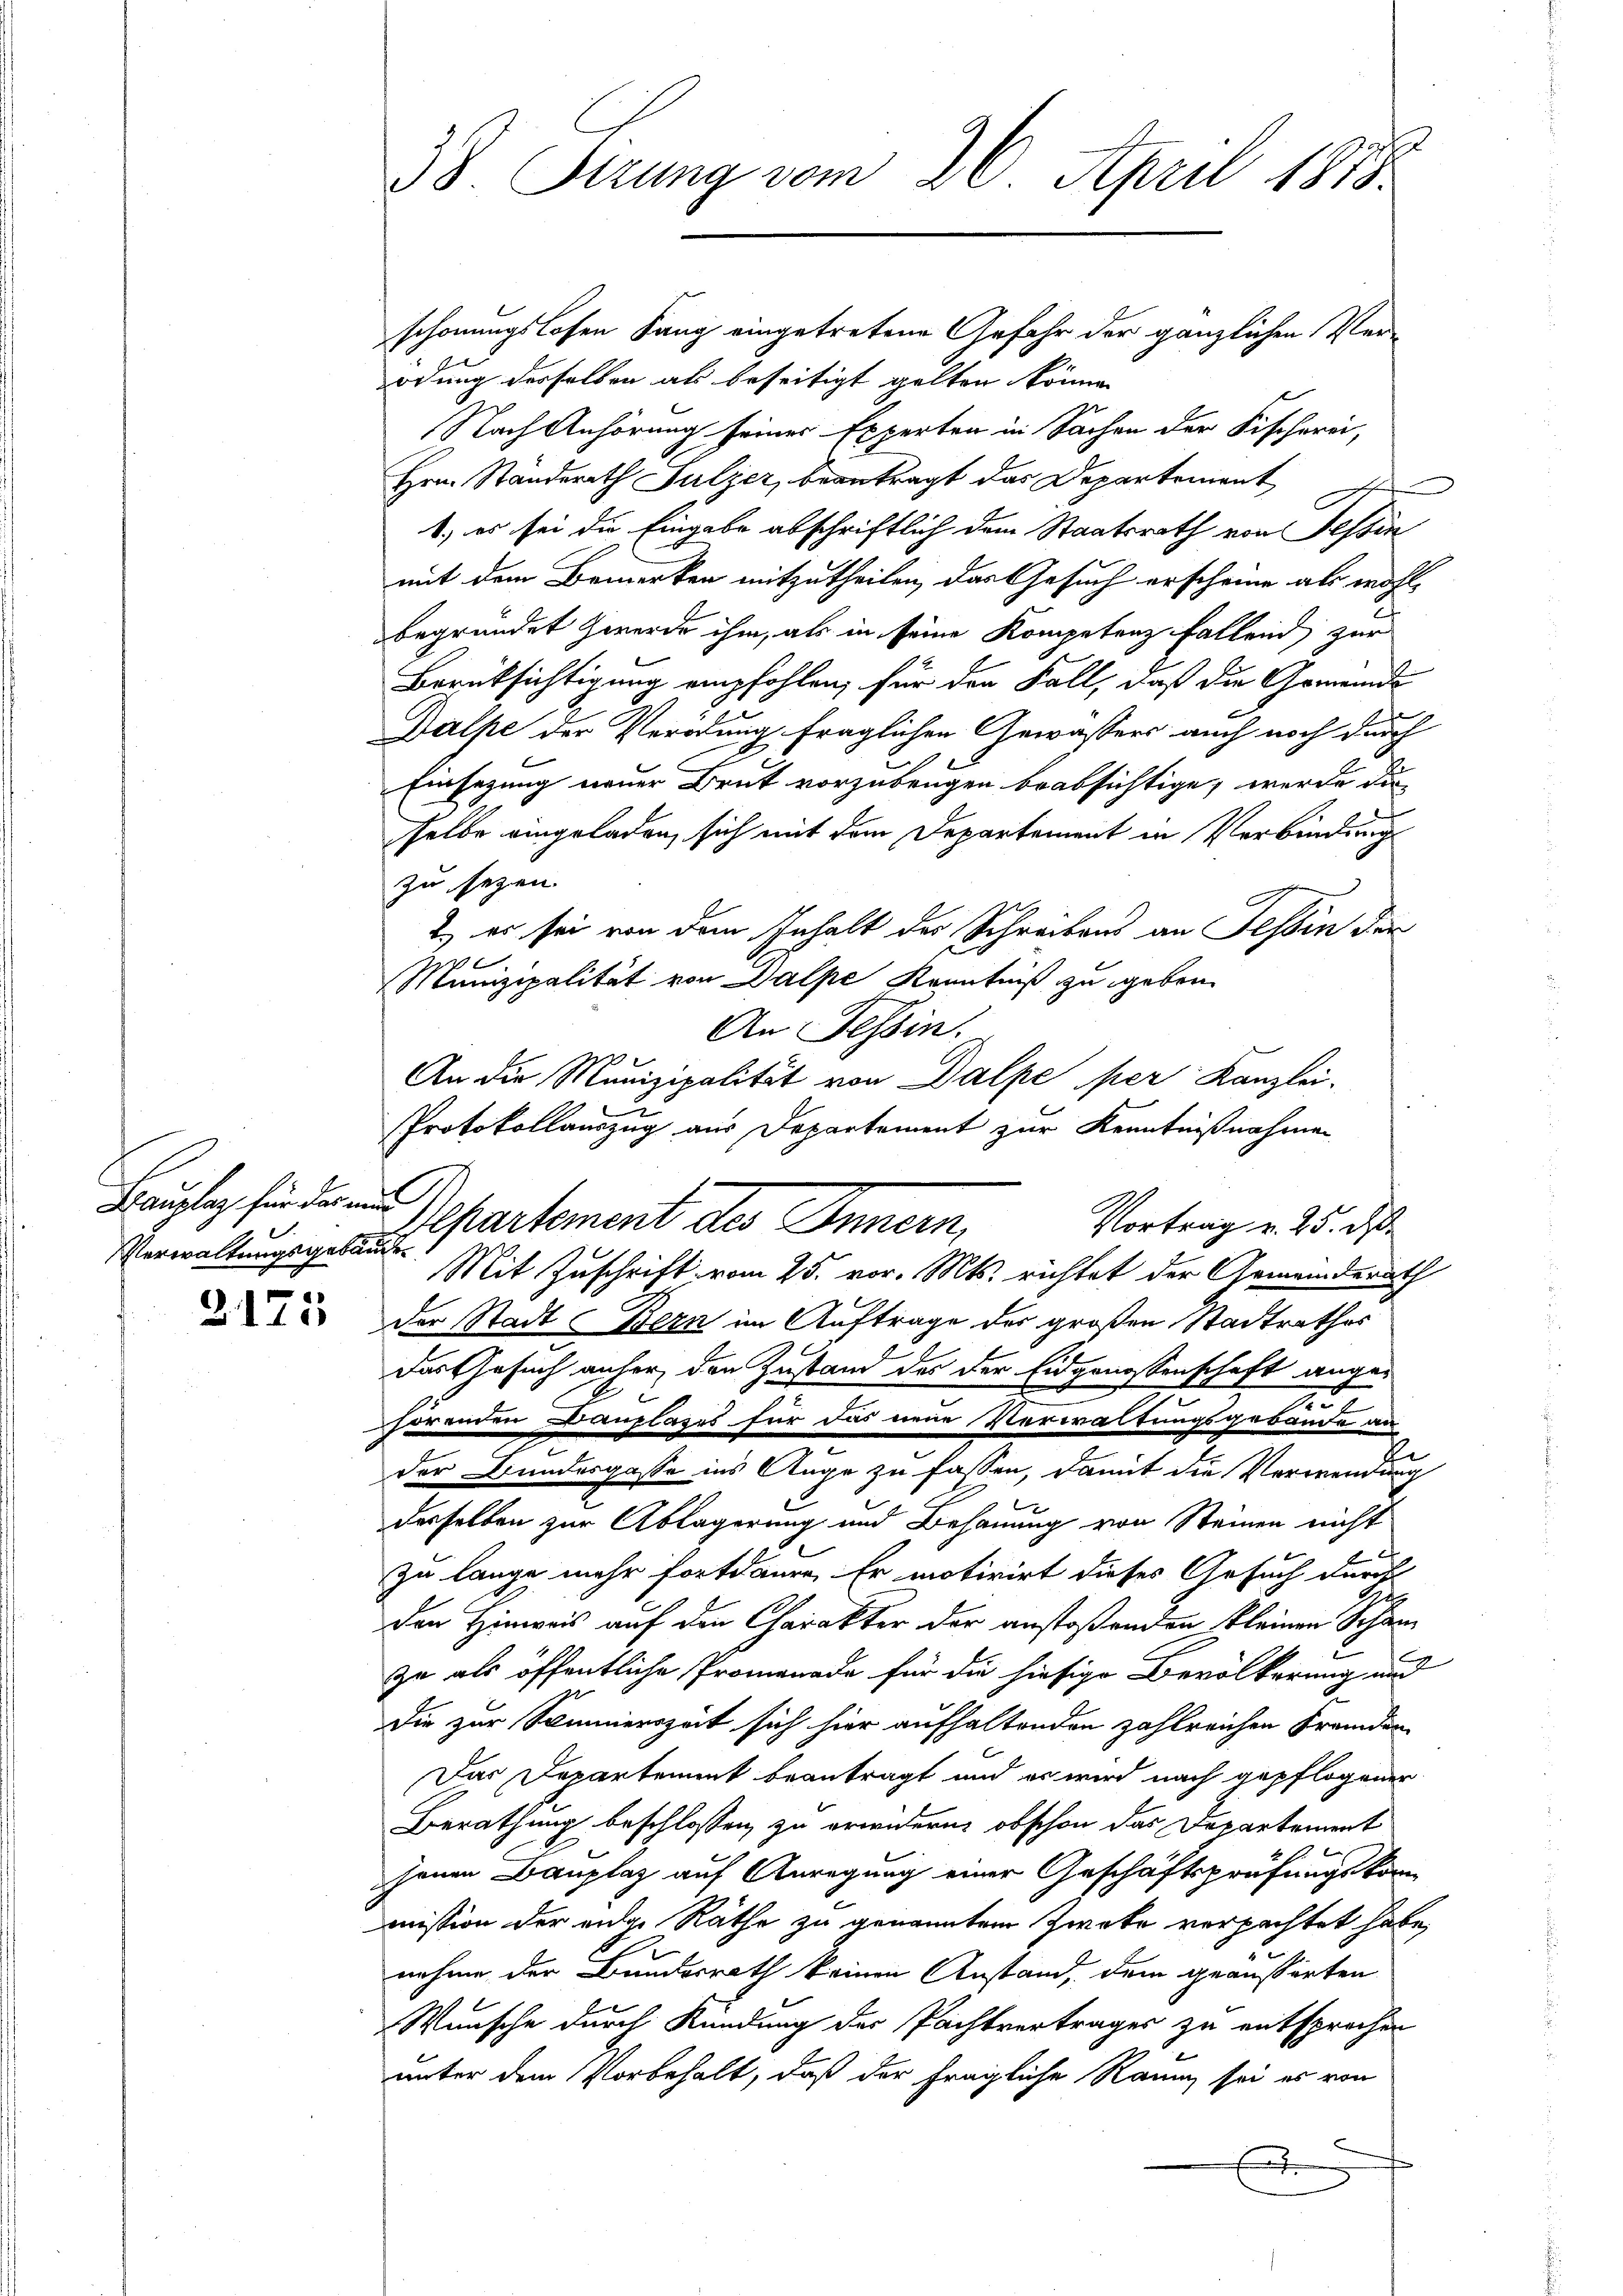
Bauplaz für das nur
Verwaltungsgebäude

2175

38. Stzung vom 26. April 1858

s

schonungslosen Sang eingetretene Gefahr der gänzlichen Verodung derselben als beseitigt gelten können
Nach Anhörung seines Experten in Sachen der Fischerei,
Hrn. Standerath Sulzer, beantragt das Departement
1.) es sei die Eingabe abschriftlich dem Staatsrath von Tessin
mit dem Bemerken mitzutheilen, das Gesuch erscheine als wohl-
begründet werde ihm, als in seine Kompetenz fallend zur
Berüksichtigung empfohlen, für den Fall, daß die Gemeinde
Dalpe der Verödung fraglichen Gewässers auch noch durch
Einsezung neuer Brut vorzubeugen beabsichtige, werde die
selbe eingeladen, sich mit dem Departement in Verbindung
zu seyen.
2) es sei von dem Inhalt des Schreibens an Tessin der
Munizipalität von Dalpe Kenntniß zu geben.
An Tessin.
An die Munizipalität von Dalpe per Kanzlei-
Protokollauszug aus Departement zur Kenntnißnahmen
Mit Zuschrift vom 25. vor. Mts. richtet der Gemeinderath
der Stadt Bern im Auftrage der großen Stadtrathes
das Gesuch anher den Zustand des der Eidgenossenschaft angen
hörenden Bauplases für das neue Verwaltungsgebäude an
der Bundesgasse ins Auge zu fassen, damit die Verwendung
derselben zur Ablagerung und Behauung von Steinen nicht
zu lange mehr fortdaure. Er motivirt dieses Gesuch durch
Den Hinweis auf den Charakter der anstoßenden kleinen Schanzu als öffentliche Promenade für die hiesige Bevölkerung und
Die zur Sommerszeit sich hier aufhaltenden zahlreichen Fremden
Das Departement beantragt und es wird nach gepflogener
Berathung beschlossen zu erindern, obschon das Departement
jenen Bauplaz auf Anregung einer Geschäftsprüfungskom-
mission der eige Räthe zu genanntem Zweke verpachtet habe,
.
nahme der Bundesrath keinen Anstand, dem geäusserten
Wünsche durch Kündung der Pachtvertrages zu entsprochen
unter dem Vorbehalt, daß der fragliche Raum sei es von
7

Departement des Innern,
Vortrag v. 25. ds